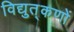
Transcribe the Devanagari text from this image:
विद्युत्‌कणों